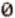
0